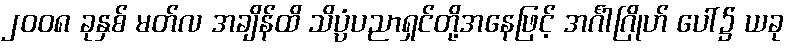
၂၀၀၈ ခုနှစ် မတ်လ အချိန်ထိ သိပ္ပံပညာရှင်တို့အနေဖြင့် အင်္ဂါဂြိုဟ် ပေါ်၌ ယခု